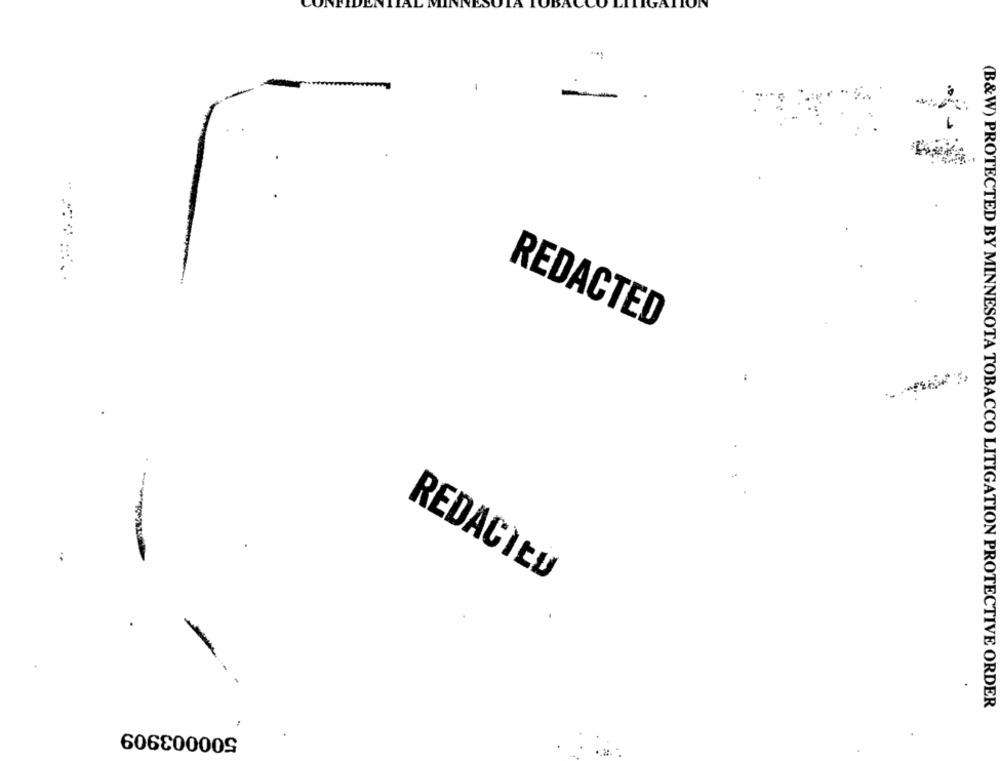
-
REDACTED
----
REDACTED
(B&W) PROTECTED BY MINNESOTA TOBACCO LITIGATION PROTECTIVE ORDER
500003909